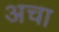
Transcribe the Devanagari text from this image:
अचा